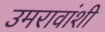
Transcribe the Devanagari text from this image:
उमरावांशी